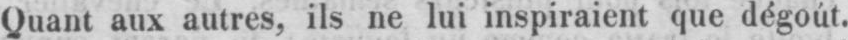
Quant aux autres, ils ne lui inspiraient que dégoút.